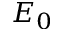
E _ { 0 }